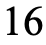
16